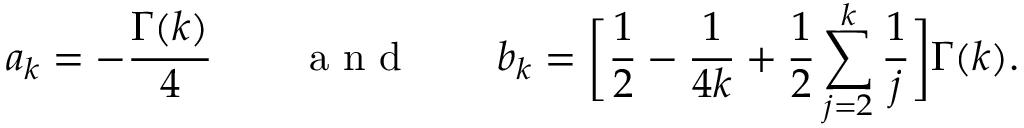
a _ { k } = - \frac { \Gamma ( k ) } { 4 } \qquad \mathrm { ~ a ~ n ~ d ~ } \qquad b _ { k } = \bigg [ \frac { 1 } { 2 } - \frac { 1 } { 4 k } + \frac { 1 } { 2 } \sum _ { j = 2 } ^ { k } \frac { 1 } { j } \bigg ] \Gamma ( k ) .